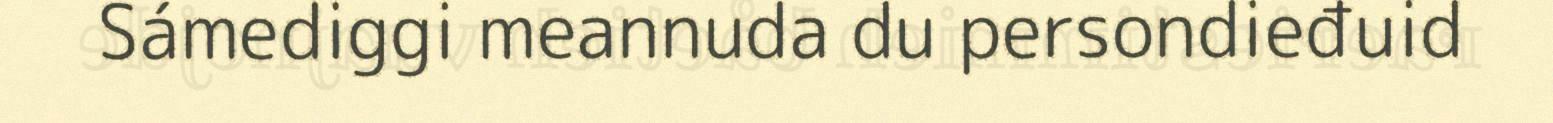
Sámediggi meannuda du persondieđuid